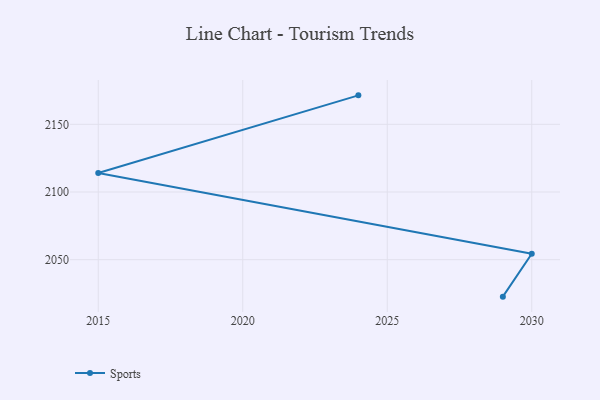
{"axis": {"x": "Year", "y": "Website Visitors"}, "legend": ["Sports"], "data": [{"x": "2029", "y": 2022.7, "type": "Sports"}, {"x": "2030", "y": 2054.4, "type": "Sports"}, {"x": "2015", "y": 2114.1, "type": "Sports"}, {"x": "2024", "y": 2171.4, "type": "Sports"}]}